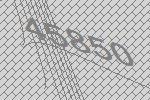
45850